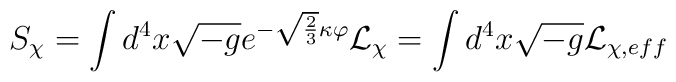
S_\chi =\int d^4x\sqrt{-g}e^{-\sqrt{\frac 23}\kappa \varphi }{\cal L}_\chi=\int d^4x\sqrt{-g}{\cal L}_{\chi ,eff}